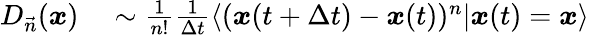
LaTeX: \begin{array}{rl}{D_{\vec{n}}(\boldsymbol{x})}&{{}\sim\frac{1}{n!}\frac{1}{\Delta t}\langle(\boldsymbol{x}(t+\Delta t)-\boldsymbol{x}(t))^{n}|\boldsymbol{x}(t)=\boldsymbol{x}\rangle}\end{array}